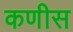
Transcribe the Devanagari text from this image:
कणीस